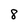
Character: 8